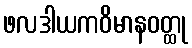
ဖလဒါယကဝိမာနဝတ္ထု